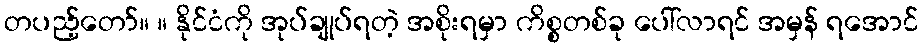
တပည့်တော်။ ။ နိုင်ငံကို အုပ်ချုပ်ရတဲ့ အစိုးရမှာ ကိစ္စတစ်ခု ပေါ်လာရင် အမှန် ရအောင်